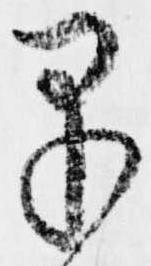
早